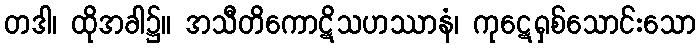
တဒါ၊ ထိုအခါ၌။ အသီတိကောဋိသဟဿာနံ၊ ကုဋေရှစ်သောင်းသော